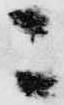
ニ